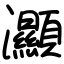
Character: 灦